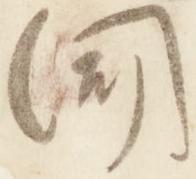
聞